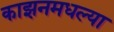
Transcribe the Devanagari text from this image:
काझनमधल्या